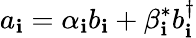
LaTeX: a_{\mathbf{i}}=\alpha_{\mathbf{i}}b_{\mathbf{i}}+\beta_{\mathbf{i}}^{*}b_{\mathbf{i}}^{\dagger}